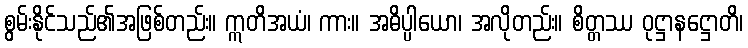
စွမ်းနိုင်သည်၏အဖြစ်တည်း။ ဣတိအယံ၊ ကား။ အဓိပ္ပါယော၊ အလိုတည်း။ စိတ္တဿ ဝုဋ္ဌာနဋ္ဌောတိ၊